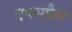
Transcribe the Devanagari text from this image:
एक्‍सप्रैस